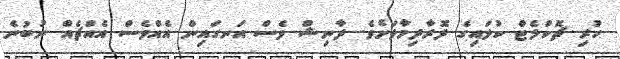
ހުރި ޗޮކްލެޓް ކުލައިގެ ދޮރާދިމާލަށެވެ. ދާނިޝް ވެސް އަނގައިން އެއްވެސް އެއްޗެއް ނުބުނެ